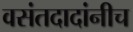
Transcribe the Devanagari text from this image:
वसंतदादांनीच